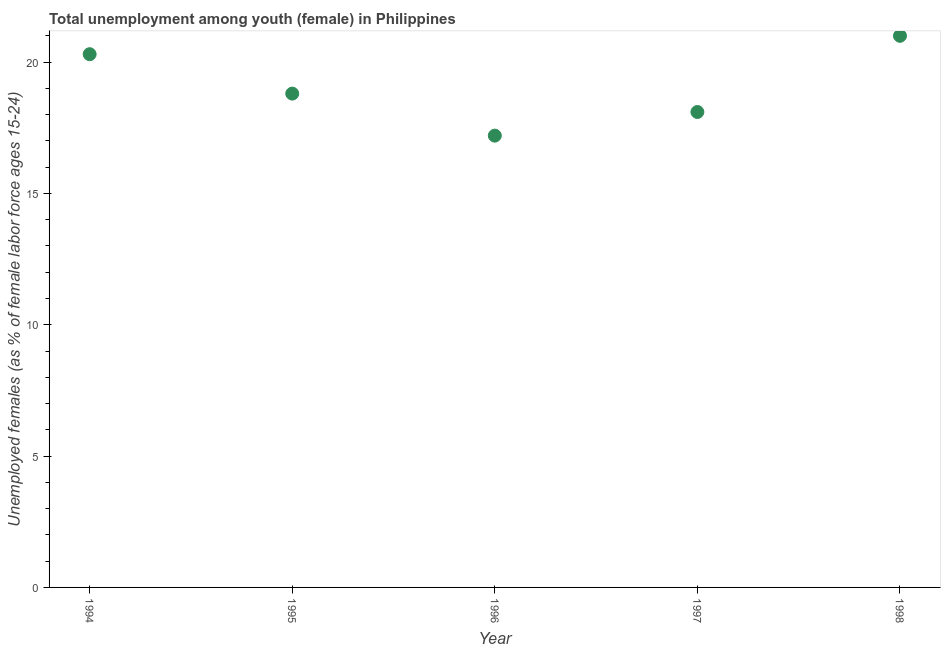
| Year | Unemployment |
 | --- | --- |
 | 1994 | 20.3 |
 | 1995 | 18.8 |
 | 1996 | 17.2 |
 | 1997 | 18.1 |
 | 1998 | 21 |